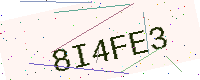
Text: 8I4FE3